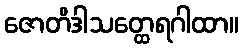
ဇောတိဒါသတ္ထေရဂါထာ။